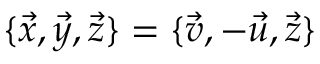
\{ \vec { x } , \vec { y } , \vec { z } \} = \{ \vec { v } , - \vec { u } , \vec { z } \}